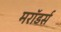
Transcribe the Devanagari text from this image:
मरॉडर्स